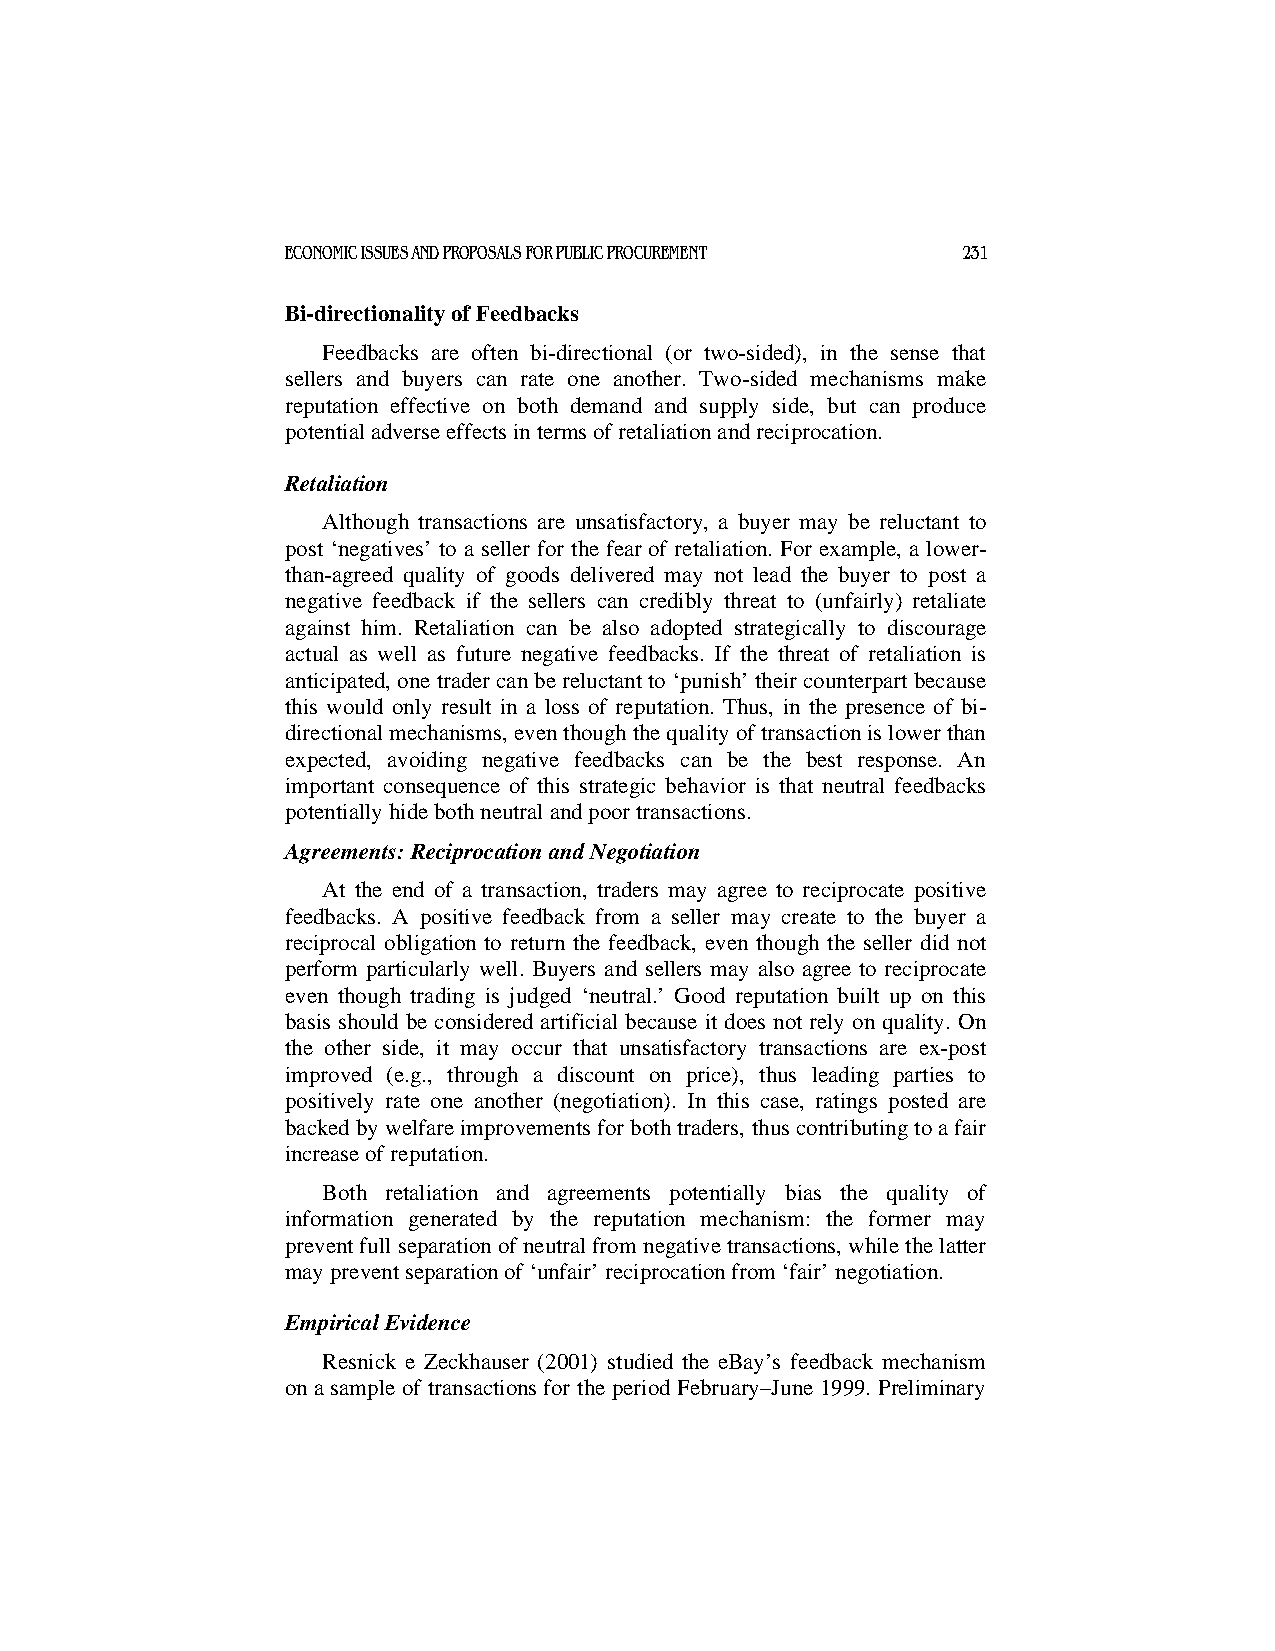
ECONOMIC ISSUES AND PROPOSALS FOR PUBLIC PROCUREMENT 231
 Bi-directionality of Feedbacks
 Feedbacks are often bi-directional (or two-sided), in the sense that
 sellers and buyers can rate one another. Two-sided mechanisms make
 reputation effective on both demand and supply side, but can produce
 potential adverse effects in terms of retaliation and reciprocation.
 Retaliation
 Although transactions are unsatisfactory, a buyer may be reluctant to
 post ‘negatives’ to a seller for the fear of retaliation. For example, a lower-
 than-agreed quality of goods delivered may not lead the buyer to post a
 negative feedback if the sellers can credibly threat to (unfairly) retaliate
 against him. Retaliation can be also adopted strategically to discourage
 actual as well as future negative feedbacks. If the threat of retaliation is
 anticipated, one trader can be reluctant to ‘punish’ their counterpart because
 this would only result in a loss of reputation. Thus, in the presence of bi-
 directional mechanisms, even though the quality of transaction is lower than
 expected, avoiding negative feedbacks can be the best response. An
 important consequence of this strategic behavior is that neutral feedbacks
 potentially hide both neutral and poor transactions.
 Agreements: Reciprocation and Negotiation
 At the end of a transaction, traders may agree to reciprocate positive
 feedbacks. A positive feedback from a seller may create to the buyer a
 reciprocal obligation to return the feedback, even though the seller did not
 perform particularly well. Buyers and sellers may also agree to reciprocate
 even though trading is judged ‘neutral.’ Good reputation built up on this
 basis should be considered artificial because it does not rely on quality. On
 the other side, it may occur that unsatisfactory transactions are ex-post
 improved (e.g., through a discount on price), thus leading parties to
 positively rate one another (negotiation). In this case, ratings posted are
 backed by welfare improvements for both traders, thus contributing to a fair
 increase of reputation.
 Both retaliation and agreements potentially bias the quality of
 information generated by the reputation mechanism: the former may
 prevent full separation of neutral from negative transactions, while the latter
 may prevent separation of ‘unfair’ reciprocation from ‘fair’ negotiation.
 Empirical Evidence
 Resnick e Zeckhauser (2001) studied the eBay’s feedback mechanism
 on a sample of transactions for the period February–June 1999. Preliminary